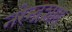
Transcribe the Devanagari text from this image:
नरेन्द्रशाह